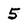
Character: 5